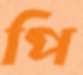
পি